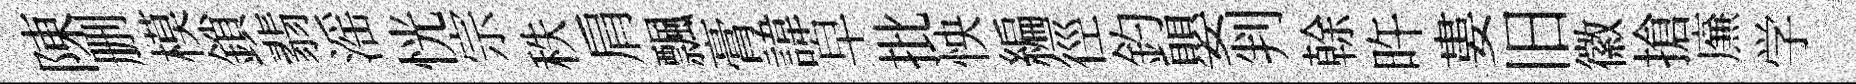
陳删模鎖翡滛恍宗秩肩飄膏諱皁批怏編徑釣嬰判𠏉旿婁旧徽搶㢘学